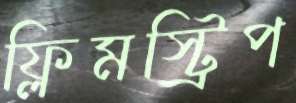
ফ্লিমস্ট্রিপ